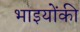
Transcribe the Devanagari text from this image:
भाइयोंकी